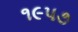
૧૯પ૭